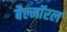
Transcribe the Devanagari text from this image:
बैल्मॉरल